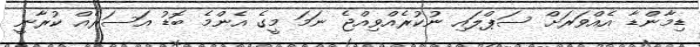
ޑިމާންޑާ އެއްވަރަށް ސަޕްލައި ނުކުރެއްވިއްޖެ ނަމަ މީގެ އެންމެ ބޮޑު އަސަރެއް ކުރާނީ